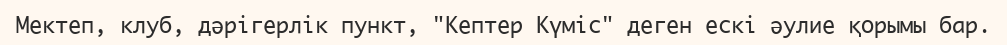
Мектеп, клуб, дәрігерлік пункт, "Кептер Күміс" деген ескі әулие қорымы бар.